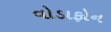
વોડાફોન